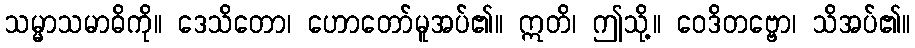
သမ္မာသမာဓိကို။ ဒေသိတော၊ ဟောတော်မူအပ်၏။ ဣတိ၊ ဤသို့။ ဝေဒိတဗ္ဗော၊ သိအပ်၏။